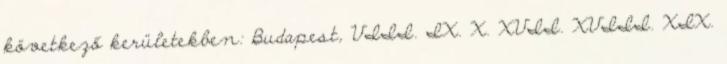
következő kerületekben: Budapest, VIII. IX. X. XVII. XVIII. XIX.